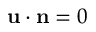
\mathbf { u } \cdot \mathbf { n } = 0